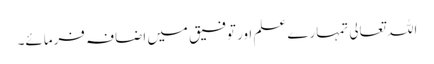
اللہ تعالی تمہارے علم اور توفیق میں اضافہ فرمائے۔